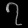
Digit: ၇